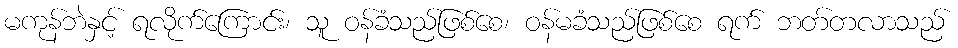
မကုန်ဘဲနှင့် ရလိုက်ကြောင်း၊ သူ ဝန်ခံသည်ဖြစ်စေ၊ ဝန်မခံသည်ဖြစ်စေ ရက် ဘတ်တလာသည်